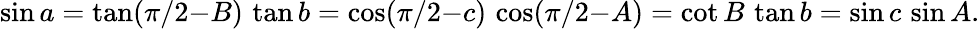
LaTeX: \sin a=\tan(\pi/2{-}B)\, \tan b=\cos(\pi/2{-}c)\, \cos(\pi/2{-}A)=\cot B\, \tan b=\sin c\, \sin A.